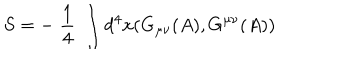
LaTeX: S = - \; \frac { 1 } { 4 } \; \int d ^ { 4 } x ( G _ { \mu \nu } ( A ) , G ^ { \mu \nu } ( A ) )